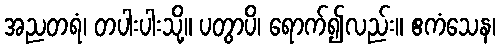
အညတရံ၊ တပါးပါးသို့။ ပတွာပိ၊ ရောက်၍လည်း။ ဧကံသေန၊